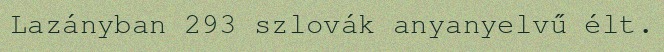
Lazányban 293 szlovák anyanyelvű élt.